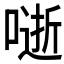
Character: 𭊅